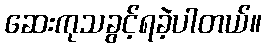
ဆေးကုသခွင့်ရခဲ့ပါတယ်။